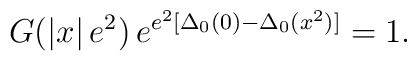
G(\left|x\right|e^2)\,e^{e^2[\Delta_0(0) - \Delta_0(x^2)]} = 1.